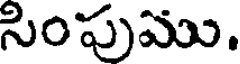
సింపుము.